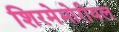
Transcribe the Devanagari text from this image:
शिरमेमोरीयल